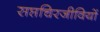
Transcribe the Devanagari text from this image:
सप्तचिरजीवियों